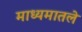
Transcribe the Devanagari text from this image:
माध्यमातले